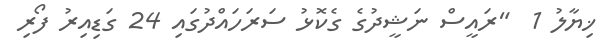
ޚިޔާލު 1  "ރައީސް ނަޝީދުގެ ގެކޮޅު ސަރަހައްދުގައި 24 ގަޑިއިރު ފޯރި